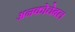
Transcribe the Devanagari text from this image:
अनकोचेबल